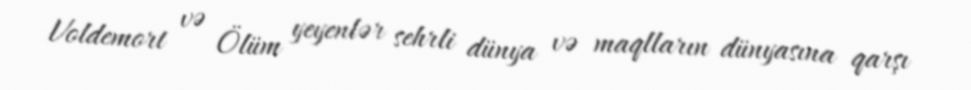
Voldemort və Ölüm yeyenlər sehrli dünya və maqlların dünyasına qarşı